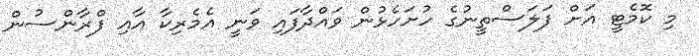
މި ކޮމެޓީ އަށް ފަލަސްތީނުގެ ހުށަހެޅުން ވައްދާފައި ވަނީ އެމެރިކާ އާއި ފްރާންސުން